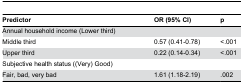
<table><thead><tr><td><b>Predictor</b></td><td><b>OR (95% CI)</b></td><td><b>p</b></td></tr></thead><tbody><tr><td>Annual household income (Lower third)</td><td></td><td></td></tr><tr><td>Middle third</td><td>0.57 (0.41-0.78)</td><td>&lt;.001</td></tr><tr><td>Upper third</td><td>0.22 (0.14-0.34)</td><td>&lt;.001</td></tr><tr><td>Subjective health status ((Very) Good)</td><td></td><td></td></tr><tr><td>Fair, bad, very bad</td><td>1.61 (1.18-2.19)</td><td>.002</td></tr></tbody></table>